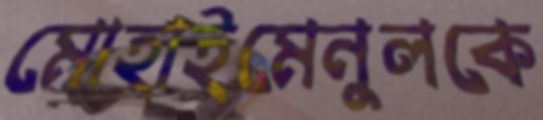
মোহাইমেনুলকে